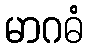
မာဂဓံ